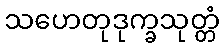
သဟေတုဒုက္ခသုတ္တံ